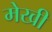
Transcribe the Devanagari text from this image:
मेखी